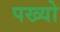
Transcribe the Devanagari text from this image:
पख्‍यो